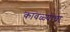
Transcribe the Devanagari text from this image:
कावळ्याचा